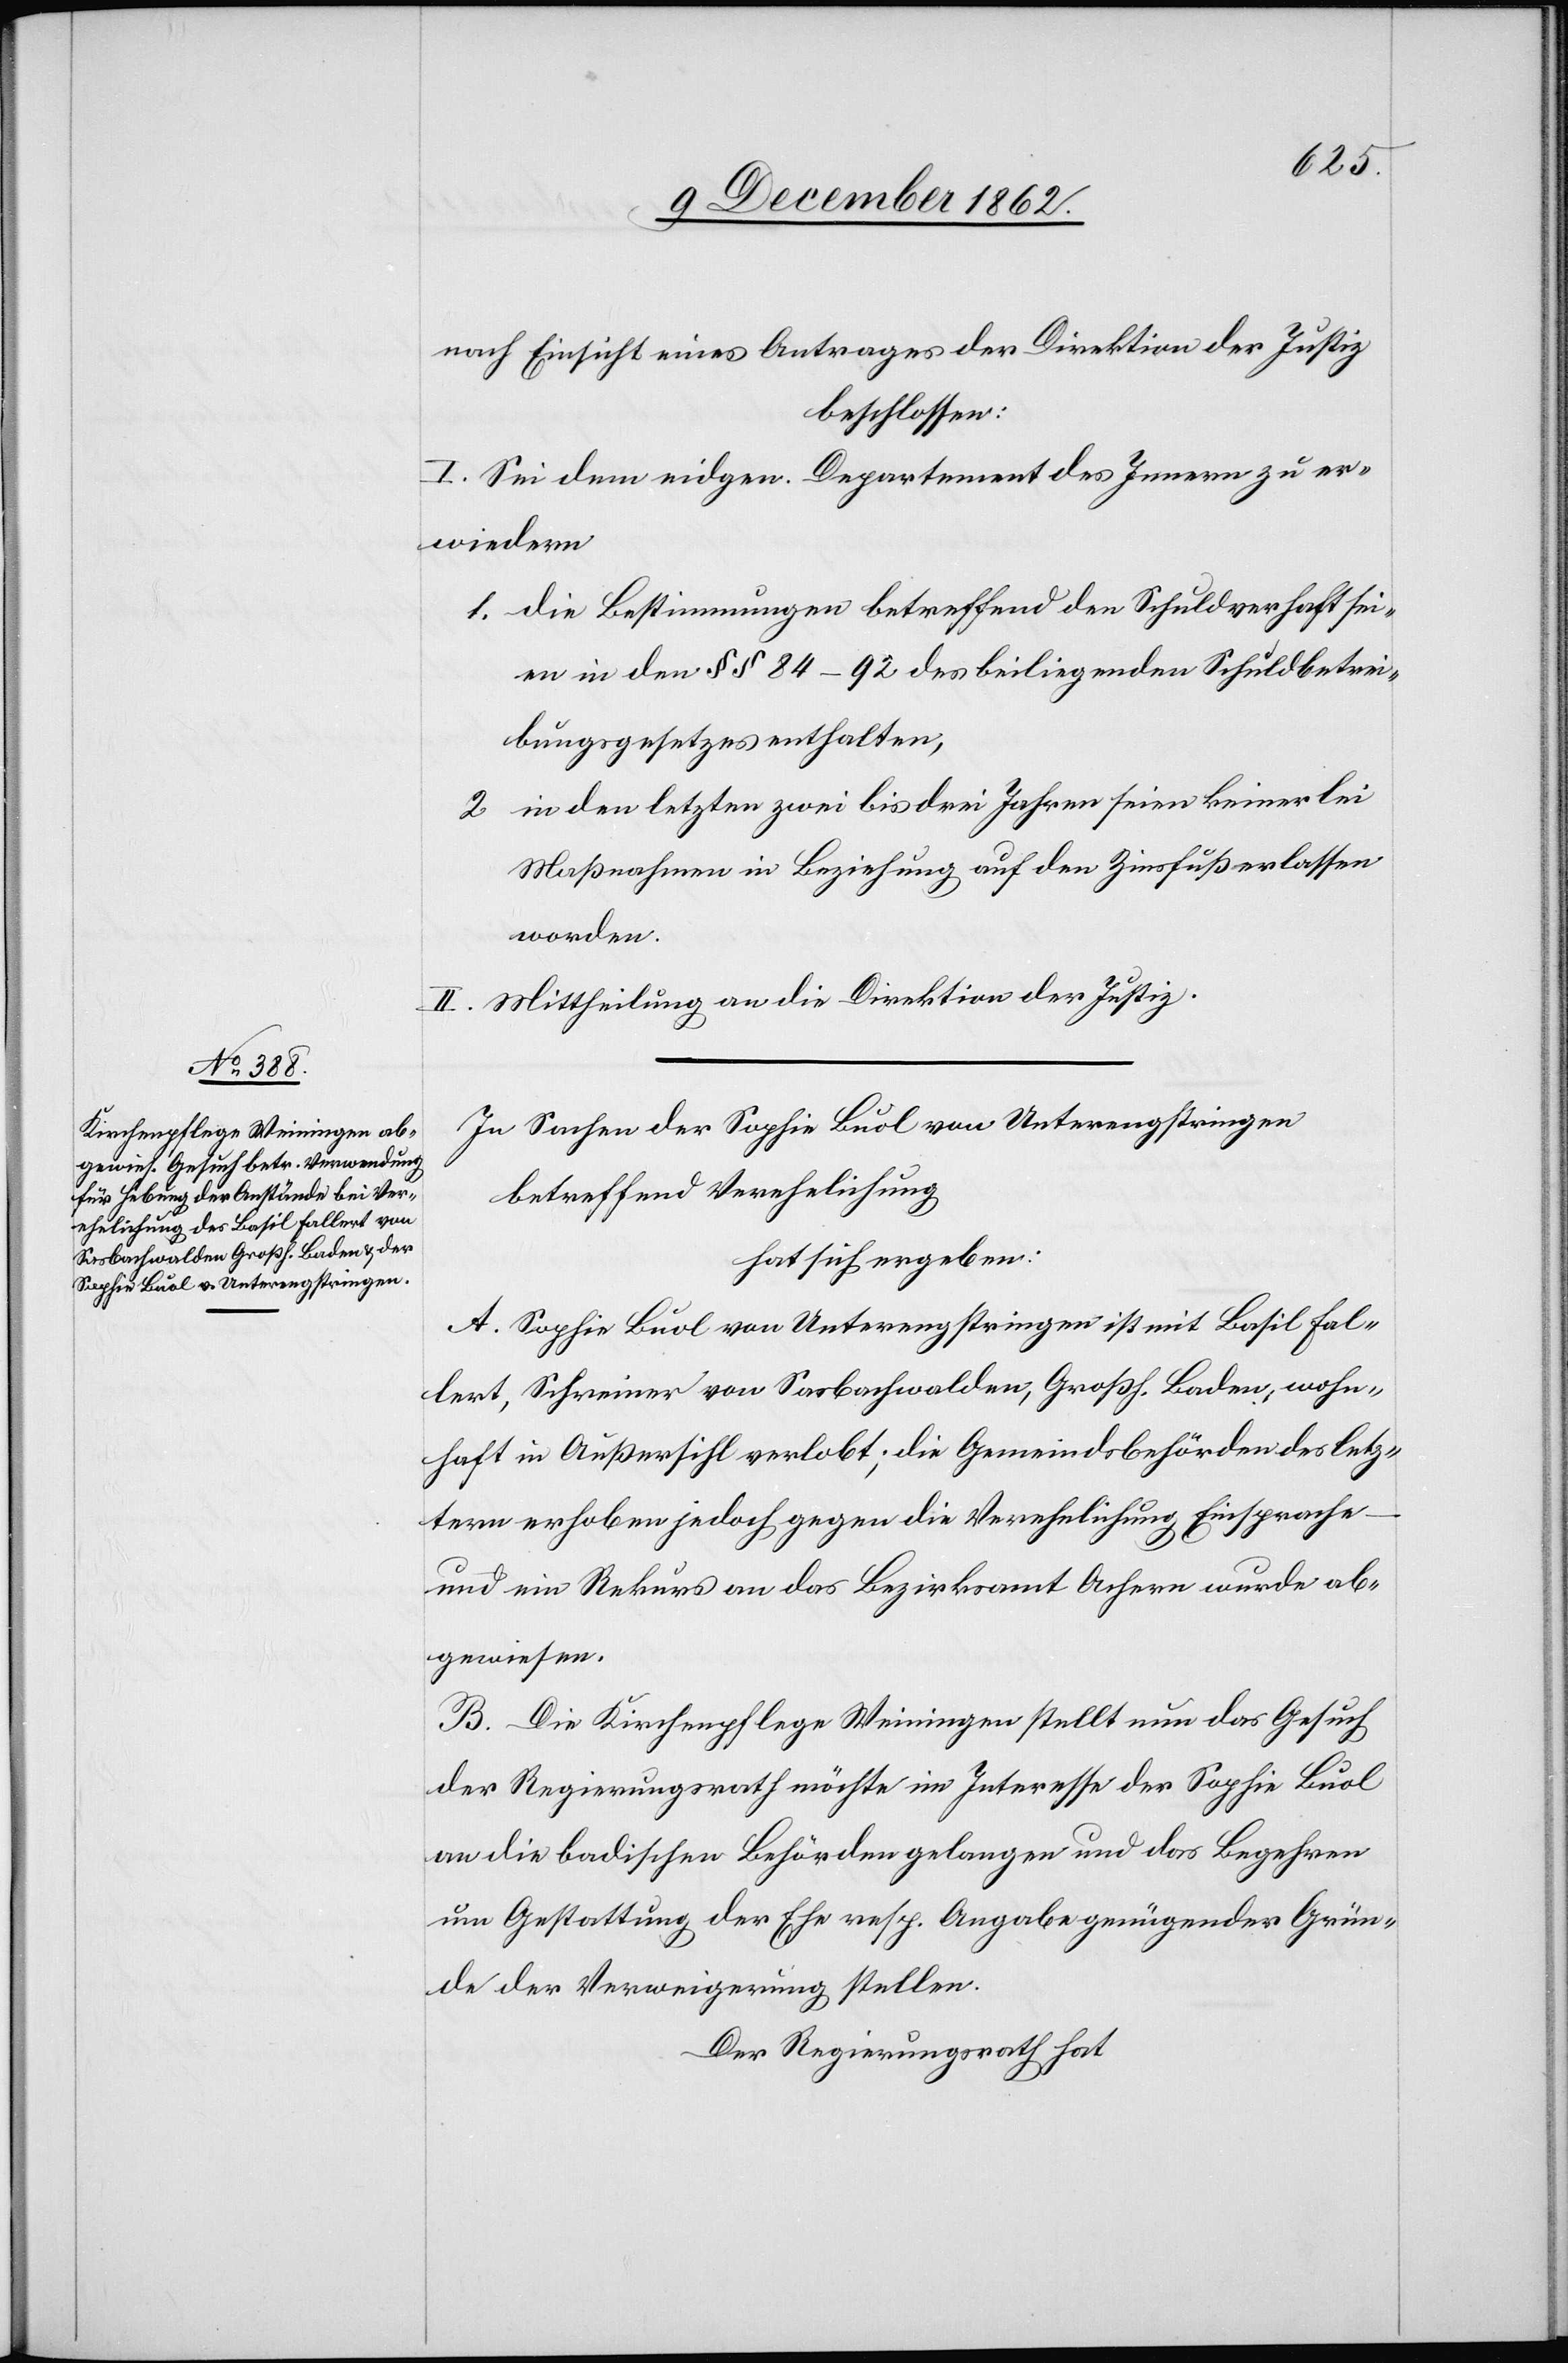
nach Einsicht eines Antrages der Direktion der Justiz
beschlossen:
I. Sei dem eidgen. Departement des Innern zu er¬
wiedern
1. die Bestimmungen betreffend den Schuldverhaft sei¬
en in den §§ 84–92 des beiliegenden Schuldbetrei¬
bungsgesetzes enthalten,
2. in den letzten zwei bis drei Jahren seien keinerlei
Maßnahmen in Beziehung auf den Zinsfuß erlassen
worden.
II. Mittheilung an die Direktion der Justiz.
In Sachen der Sophie Buol von Unterengstringen
betreffend Verehelichung
hat sich ergeben:
A. Sophie Buol von Unterengstringen ist mit Basil Fal¬
lert, Schreiner von Sasbachwalden, Großh. Baden, wohn¬
haft in Außersihl verlobt; die Gemeindsbehörden des letz¬
tern erhoben jedoch gegen die Verehelichung Einsprache
und ein Rekurs an das Bezirksamt Achern wurde ab¬
gewiesen.
B. Die Kirchenpflege Weiningen stellt nun das Gesuch
der Regierungsrath möchte im Interesse der Sophie Buol
an die badischen Behörden gelangen und das Begehren
um Gestattung der Ehe resp. Angabe genügender Grün¬
de der Verweigerung stellen.
Der Regierungsrath hat